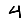
Digit: 4